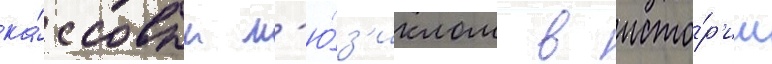
ка́ссовым м'ю́з'иклом в исто́р'ии